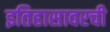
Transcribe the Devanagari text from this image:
इतिहासावरची